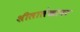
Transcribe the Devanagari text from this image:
शीलालेखावर